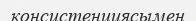
консистенциясымен